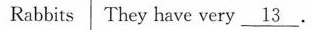
Rabbits They have very \underline{13}.